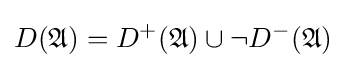
D({\mathfrak {A}})=D^{+}({\mathfrak {A}})\cup \neg D^{-}({\mathfrak {A}})